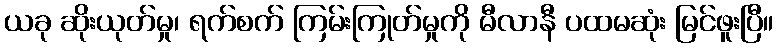
ယခု ဆိုးယုတ်မှု၊ ရက်စက် ကြမ်းကြုတ်မှုကို မီလာနီ ပထမဆုံး မြင်ဖူးပြီ။